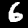
Digit: 6